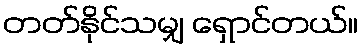
တတ်နိုင်သမျှ ရှောင်တယ်။